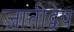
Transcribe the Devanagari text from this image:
जातीद्वेष